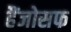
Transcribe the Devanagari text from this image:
हैंजोसफ